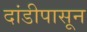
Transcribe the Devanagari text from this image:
दांडीपासून